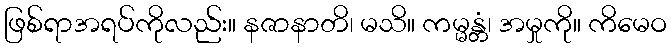
ဖြစ်ရာအရပ်ကိုလည်း။ နဇာနာတိ၊ မသိ။ ကမ္မန္တံ၊ အမှုကို။ ကိမေဝ